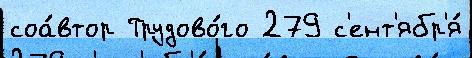
соа́втор Трудово́го 279 с'ент'ябр'я́